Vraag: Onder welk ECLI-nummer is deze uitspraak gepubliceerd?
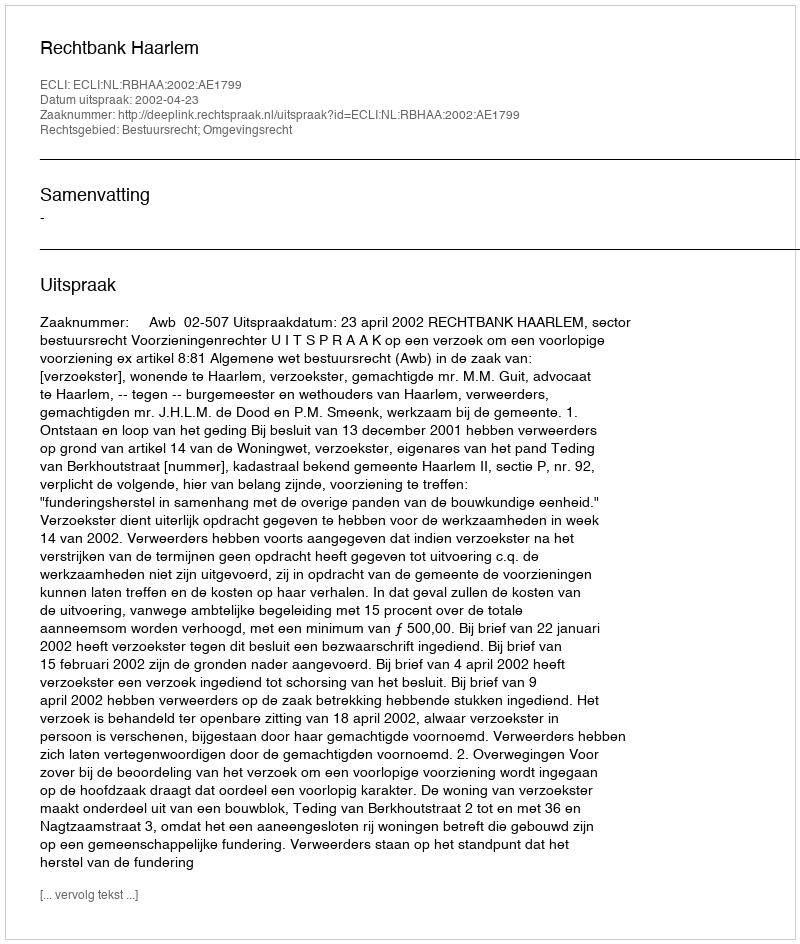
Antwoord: ECLI:NL:RBHAA:2002:AE1799